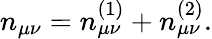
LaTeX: n_{\mu\nu}=n_{\mu\nu}^{(1)}+n_{\mu\nu}^{(2)}.